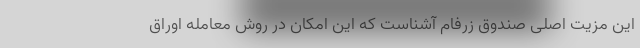
این مزیت اصلی صندوق زرفام آشناست که این امکان در روش معامله اوراق